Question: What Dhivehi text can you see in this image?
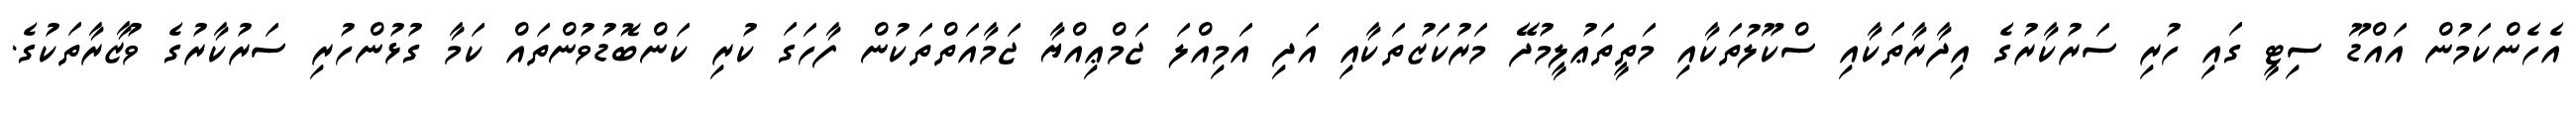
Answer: އެހެންކަމުން އައްޑޫ ސިޓީ ގައި ހުރި ސަރުކާރުގެ އިދާރާތަކާއި ސްކޫލުތަކާއި މަތީތަޢުލީމުދޭ މަރުކަޒުތަކާއި އަދި އަމިއްލަ ޖަމްޢިއްޔާ ޖަމާއަތްތަކުން ފާހަގަ ކުރި ކަންބޮޑުވުންތައް ކަމާ ގުޅުންހުރި ސަރުކާރުގެ ވުޒާރާތަކުގެ.